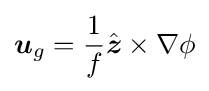
{\boldsymbol {u}}_{g}={\frac {1}{f}}{\hat {\boldsymbol {z}}}\times \nabla \phi